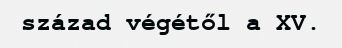
század végétől a XV.